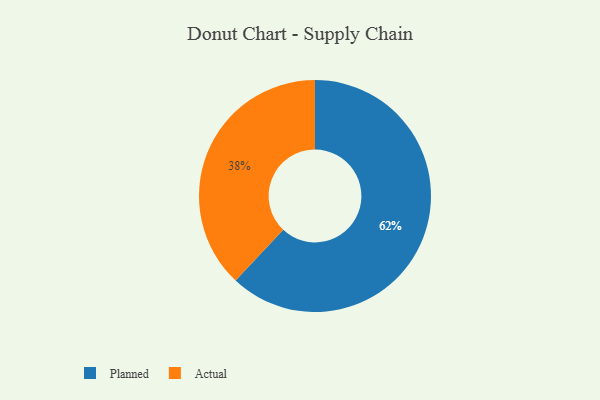
{"axis": {"x": "Category", "y": "Percentage"}, "legend": ["Actual", "Planned"], "data": [{"x": "Actual", "y": 38, "type": "Actual"}, {"x": "Planned", "y": 62, "type": "Planned"}]}